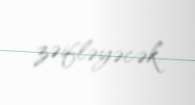
zəifləyəcək.